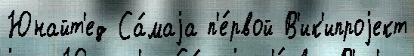
Юнайт'ед Са́маjа п'е́рвой В'ик'ипроjект